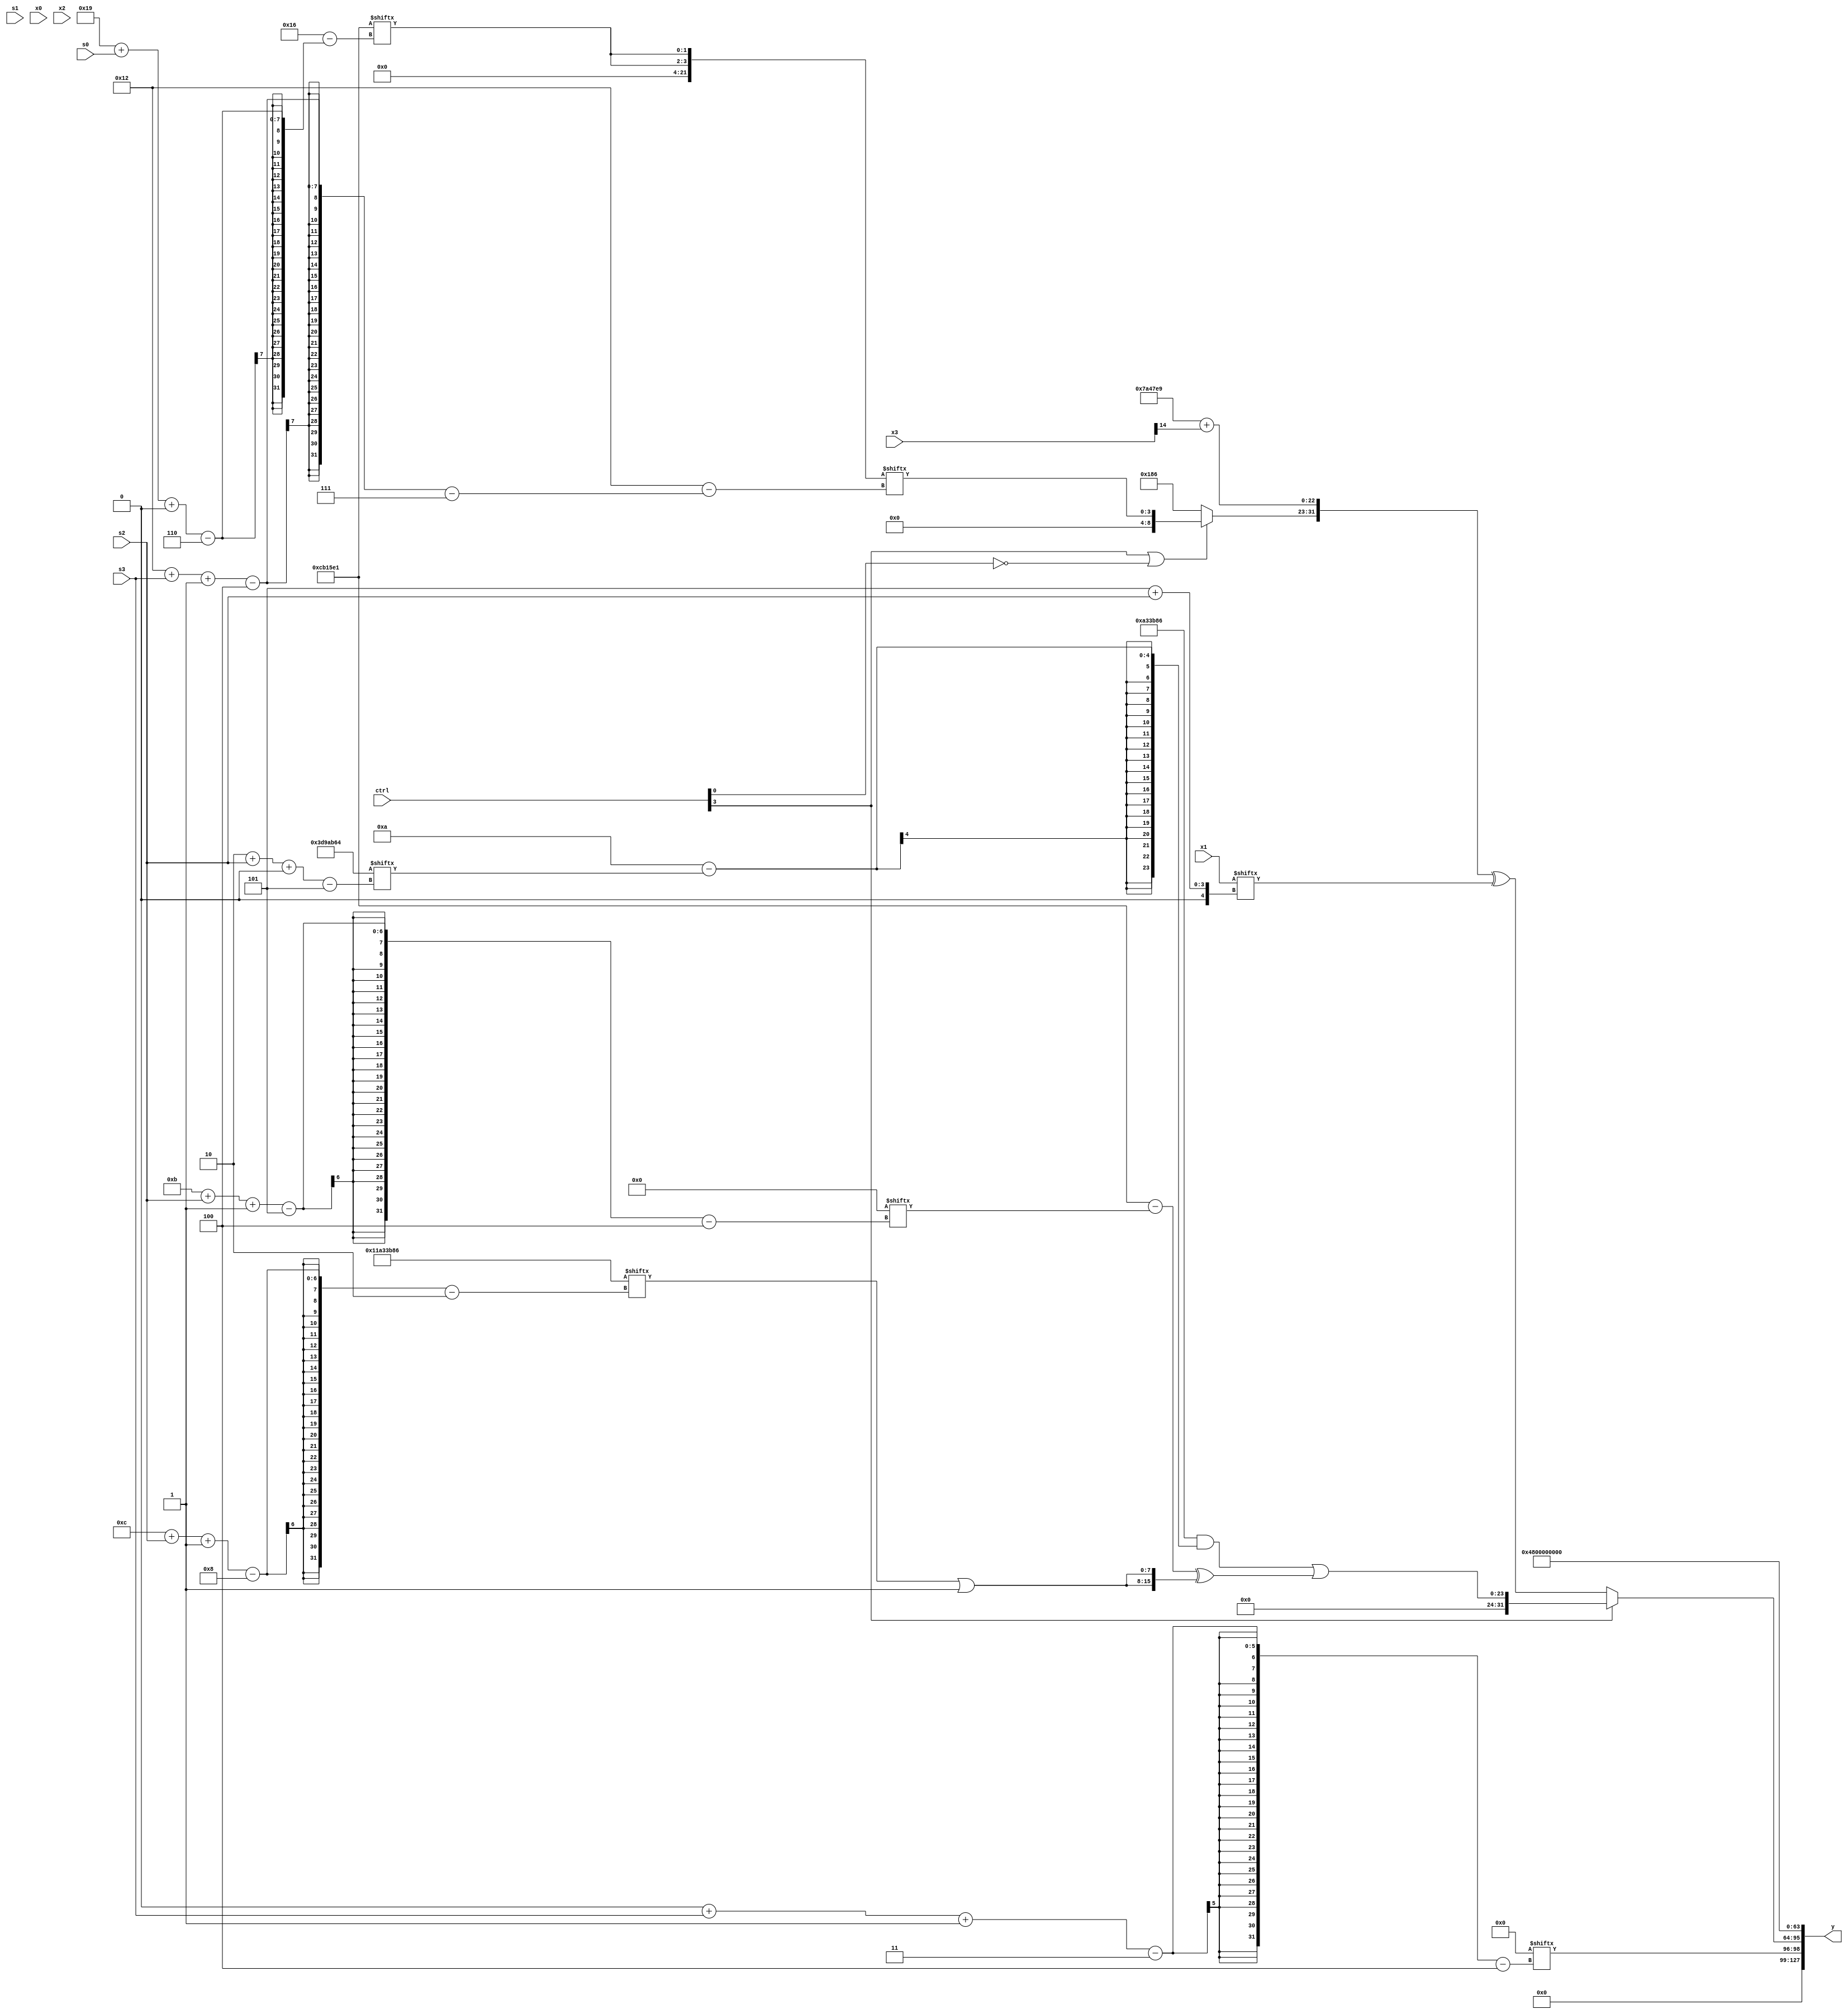
module partsel_00872(ctrl, s0, s1, s2, s3, x0, x1, x2, x3, y);
  input [3:0] ctrl;
  input [2:0] s0;
  input [2:0] s1;
  input [2:0] s2;
  input [2:0] s3;
  input signed [31:0] x0;
  input [31:0] x1;
  input signed [31:0] x2;
  input signed [31:0] x3;
  wire [3:24] x4;
  wire signed [25:3] x5;
  wire signed [25:2] x6;
  wire [28:1] x7;
  wire [25:4] x8;
  wire signed [30:1] x9;
  wire [30:4] x10;
  wire signed [7:28] x11;
  wire [2:26] x12;
  wire signed [6:26] x13;
  wire signed [27:4] x14;
  wire signed [24:3] x15;
  output [127:0] y;
  wire [31:0] y0;
  wire signed [31:0] y1;
  wire signed [31:0] y2;
  wire [31:0] y3;
  assign y = {y0,y1,y2,y3};
  localparam [30:5] p0 = 735685476;
  localparam signed [30:2] p1 = 295910278;
  localparam [6:29] p2 = 264967649;
  localparam signed [28:6] p3 = 477775849;
  assign x4 = p1[1 + s0 -: 2];
  assign x5 = p3;
  assign x6 = x2[10 +: 3];
  assign x7 = x5[8 + s2];
  assign x8 = p0[23];
  assign x9 = x0[15];
  assign x10 = x8[21];
  assign x11 = {2{p2[25 + s0 +: 2]}};
  assign x12 = x1[17 + s2];
  assign x13 = {x8, (p3[15 -: 2] - x2[15 +: 4])};
  assign x14 = {2{({(ctrl[1] || !ctrl[3] || ctrl[2] ? (p2 + p1[4 + s3]) : x7[15]), (p1 & (p0[15 +: 4] - p0[2 + s2 +: 1]))} | ((p2 - x8[11 + s2 -: 5]) ^ {2{(p1[12 + s2 -: 8] | p2[14 +: 4])}}))}};
  assign x15 = (({p0[17 + s1], x14} & ({2{(ctrl[0] && ctrl[1] && !ctrl[1] ? p1[9 + s0] : p0)}} | {2{{p1[8 +: 3], p1[28 + s1 -: 4]}}})) + {((ctrl[1] && ctrl[1] && ctrl[2] ? (!ctrl[0] && !ctrl[2] || !ctrl[0] ? p1[8 +: 3] : p0[20 -: 1]) : p2[3 + s2 +: 7]) ^ p3[13 +: 3]), (x14 & (((x11[7 + s3] + p0[18 + s0 +: 2]) - p3[17 + s0]) & {2{x13[5 + s1 +: 1]}}))});
  assign y0 = x10[0 + s3 -: 3];
  assign y1 = (!ctrl[3] && !ctrl[3] && !ctrl[3] ? ({2{{(ctrl[3] || !ctrl[0] && !ctrl[0] ? x11[18 + s3 -: 4] : p1), (x5 + x3[14 +: 1])}}} ^ x1[5 + s2]) : x14);
  assign y2 = {{2{p0[8 +: 3]}}, x8[11]};
  assign y3 = x11[20];
endmodule